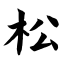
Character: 松